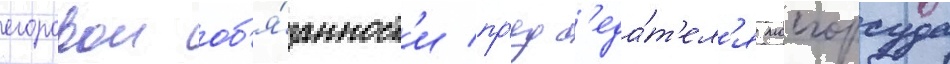
егоровои об'я́занност'и пр'едс'еда́т'ел'я мосгорсуда